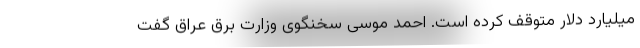
میلیارد دلار متوقف کرده است. احمد موسی سخنگوی وزارت برق عراق گفت